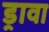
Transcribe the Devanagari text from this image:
ड्रावा